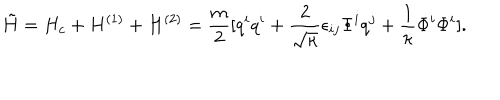
\tilde { H } = H _ { c } + H ^ { ( 1 ) } + H ^ { ( 2 ) } = \frac { m } { 2 } [ q ^ { i } q ^ { i } + \frac { 2 } { \sqrt { \kappa } } \epsilon _ { i j } \Phi ^ { i } q ^ { j } + \frac { 1 } { \kappa } \Phi ^ { i } \Phi ^ { i } ] .